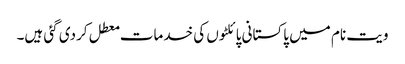
ویت نام میں پاکستانی پائلٹوں کی خدمات معطل کردی گئی ہیں۔